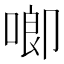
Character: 𪡙